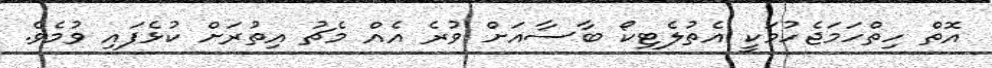
އޮތް ހިތްހަމަޖެހުމަކީ އެތުލެޓިކޯ ބާސާއަށް ވުރެ އެއް މެޗު އިތުރަށް ކުޅެފައި ވުމެވެ.